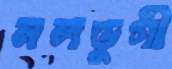
নলডুগী